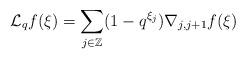
LaTeX: \begin{align*}\mathcal{L}_q f (\xi ) = \sum_{ j \in \mathbb{Z} } (1 - q^{ \xi_j } ) \nabla_{ j , j + 1 } f (\xi) \end{align*}